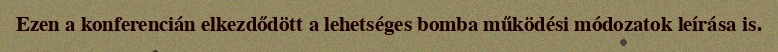
Ezen a konferencián elkezdődött a lehetséges bomba működési módozatok leírása is.